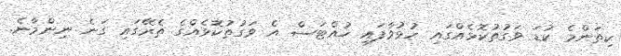
ކިތަންމެ ކުޑަ ވަގުތުކޮޅެއްގައި ހުޅުވާފައި ހުއްޓަސް އެ ވަގުތުކޮޅެއްގެ ތެރޭގައި ގަނެ ނިންމާނެ.